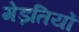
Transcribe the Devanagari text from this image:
मेड़तियों